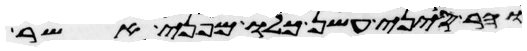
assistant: והר סיני עשן כלו מפני אשר